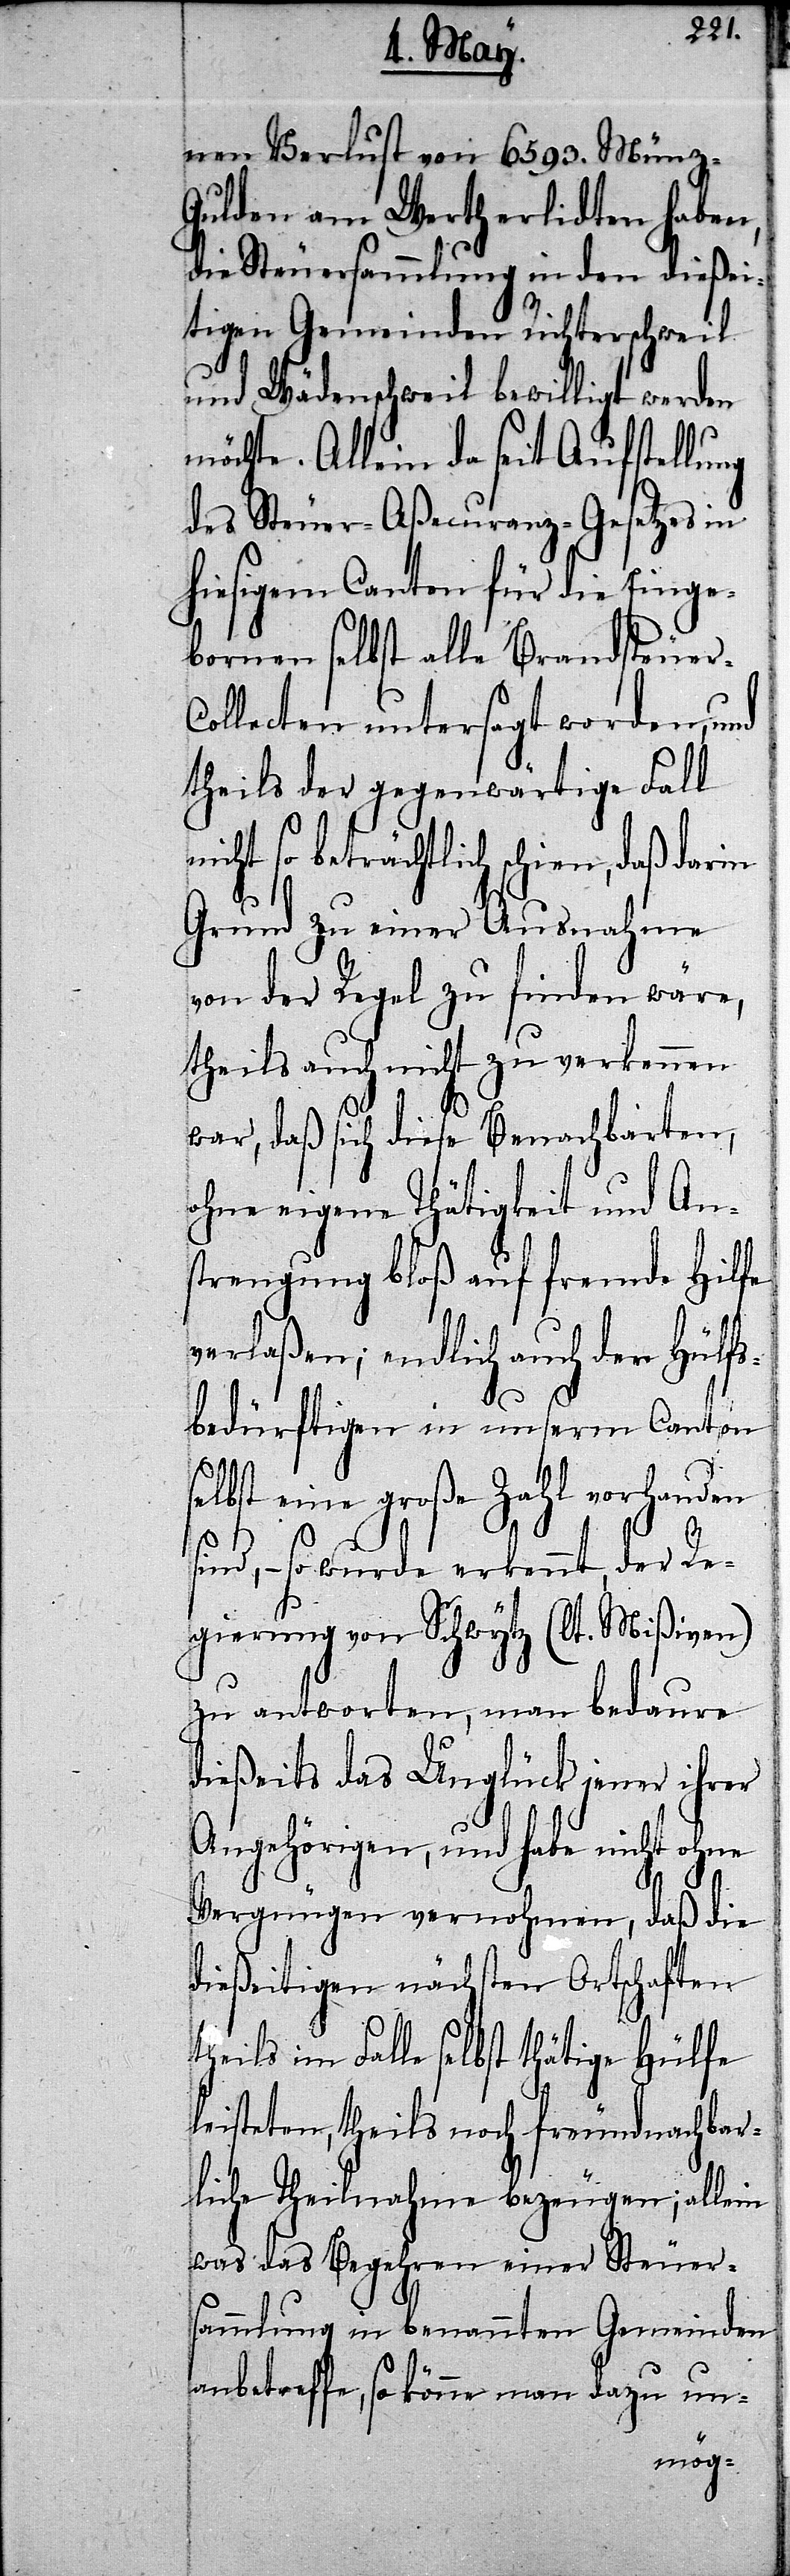
nen Verlust von 6593. Münz-G¬
ulden am Werth erlidten haben,
die Steuersammlung in den dießei¬
tigen Gemeinden Richterschweil
und Wädenschweil bewilligt werden
möchte. Allein da seit Aufstellung
des Steuer-Aßecuranz-Gesetzes in
hiesigem Canton für die Einge¬
bornen selbst alle Brandsteuer-C¬
ollecten untersagt werden, und
theils der gegenwärtige Fall
icht so beträchtlich schien, daß
Grund zu einer Ausnahme
von der Regel zu finden wäre,
theils auch nicht zu verkennen
war, daß sich diese Benachbarten,
ohne eigene Thätigkeit und An¬
strengung bloß auf fremde Hilfe
verlaßen; endlich auch der Hülfs¬
bedürftigen in unserm Canton
eine große Zahl vorhanden
sind, – so wurde erkennt, der Re¬
gierung von Schwytz (lt. Mißiven)
zu antworten, man bedaure
dießeits das Unglück jener ihrer
Angehörigen, und habe nicht ohne
Vergnügen vernohmen, daß die
dießeitigen nächsten Ortschaften
theils im Falle selbst thätige Hülfe
leisteten, theils noch freundnachbar¬
liche Theilnahme bezeugen; allein
was das Begehren einer Steuer¬
sammlung in benannten Gemeinden
anbetreffe, so könne man dazu un-
n¬